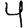
Digit: 4